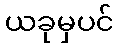
ယခုမှပင်